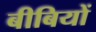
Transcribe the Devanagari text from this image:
बीबियों